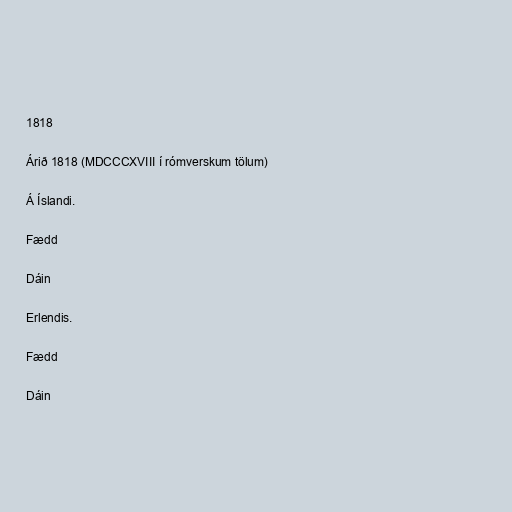
1818

Árið 1818 (MDCCCXVIII í rómverskum tölum)

Á Íslandi.

Fædd

Dáin

Erlendis.

Fædd

Dáin